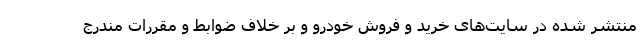
منتشر شده در سایت‌های خرید و فروش خودرو و بر خلاف ضوابط و مقررات مندرج